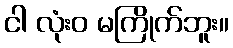
ငါ လုံးဝ မကြိုက်ဘူး။